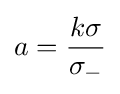
a={\frac {k\sigma }{\sigma _{-}}}